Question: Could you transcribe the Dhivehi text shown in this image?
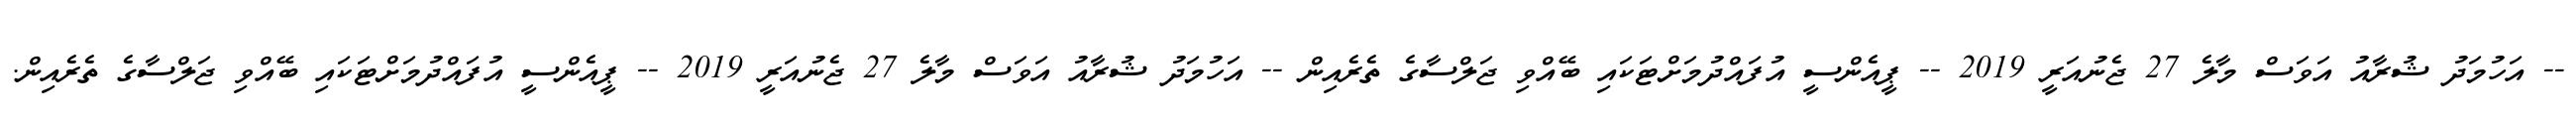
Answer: -- އަހުމަދު ޝުރާއު އަވަސް މާލެ 27 ޖެނުއަރީ 2019 -- ޕީއެންސީ އުފައްދުމަށްޓަކައި ބޭއްވި ޖަލްސާގެ ތެރެއިން -- އަހުމަދު ޝުރާއު އަވަސް މާލެ 27 ޖެނުއަރީ 2019 -- ޕީއެންސީ އުފައްދުމަށްޓަކައި ބޭއްވި ޖަލްސާގެ ތެރެއިން.